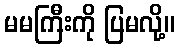
မမကြီးကို ပြမလို့။